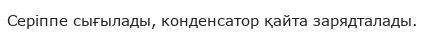
Серіппе сығылады, конденсатор қайта зарядталады.